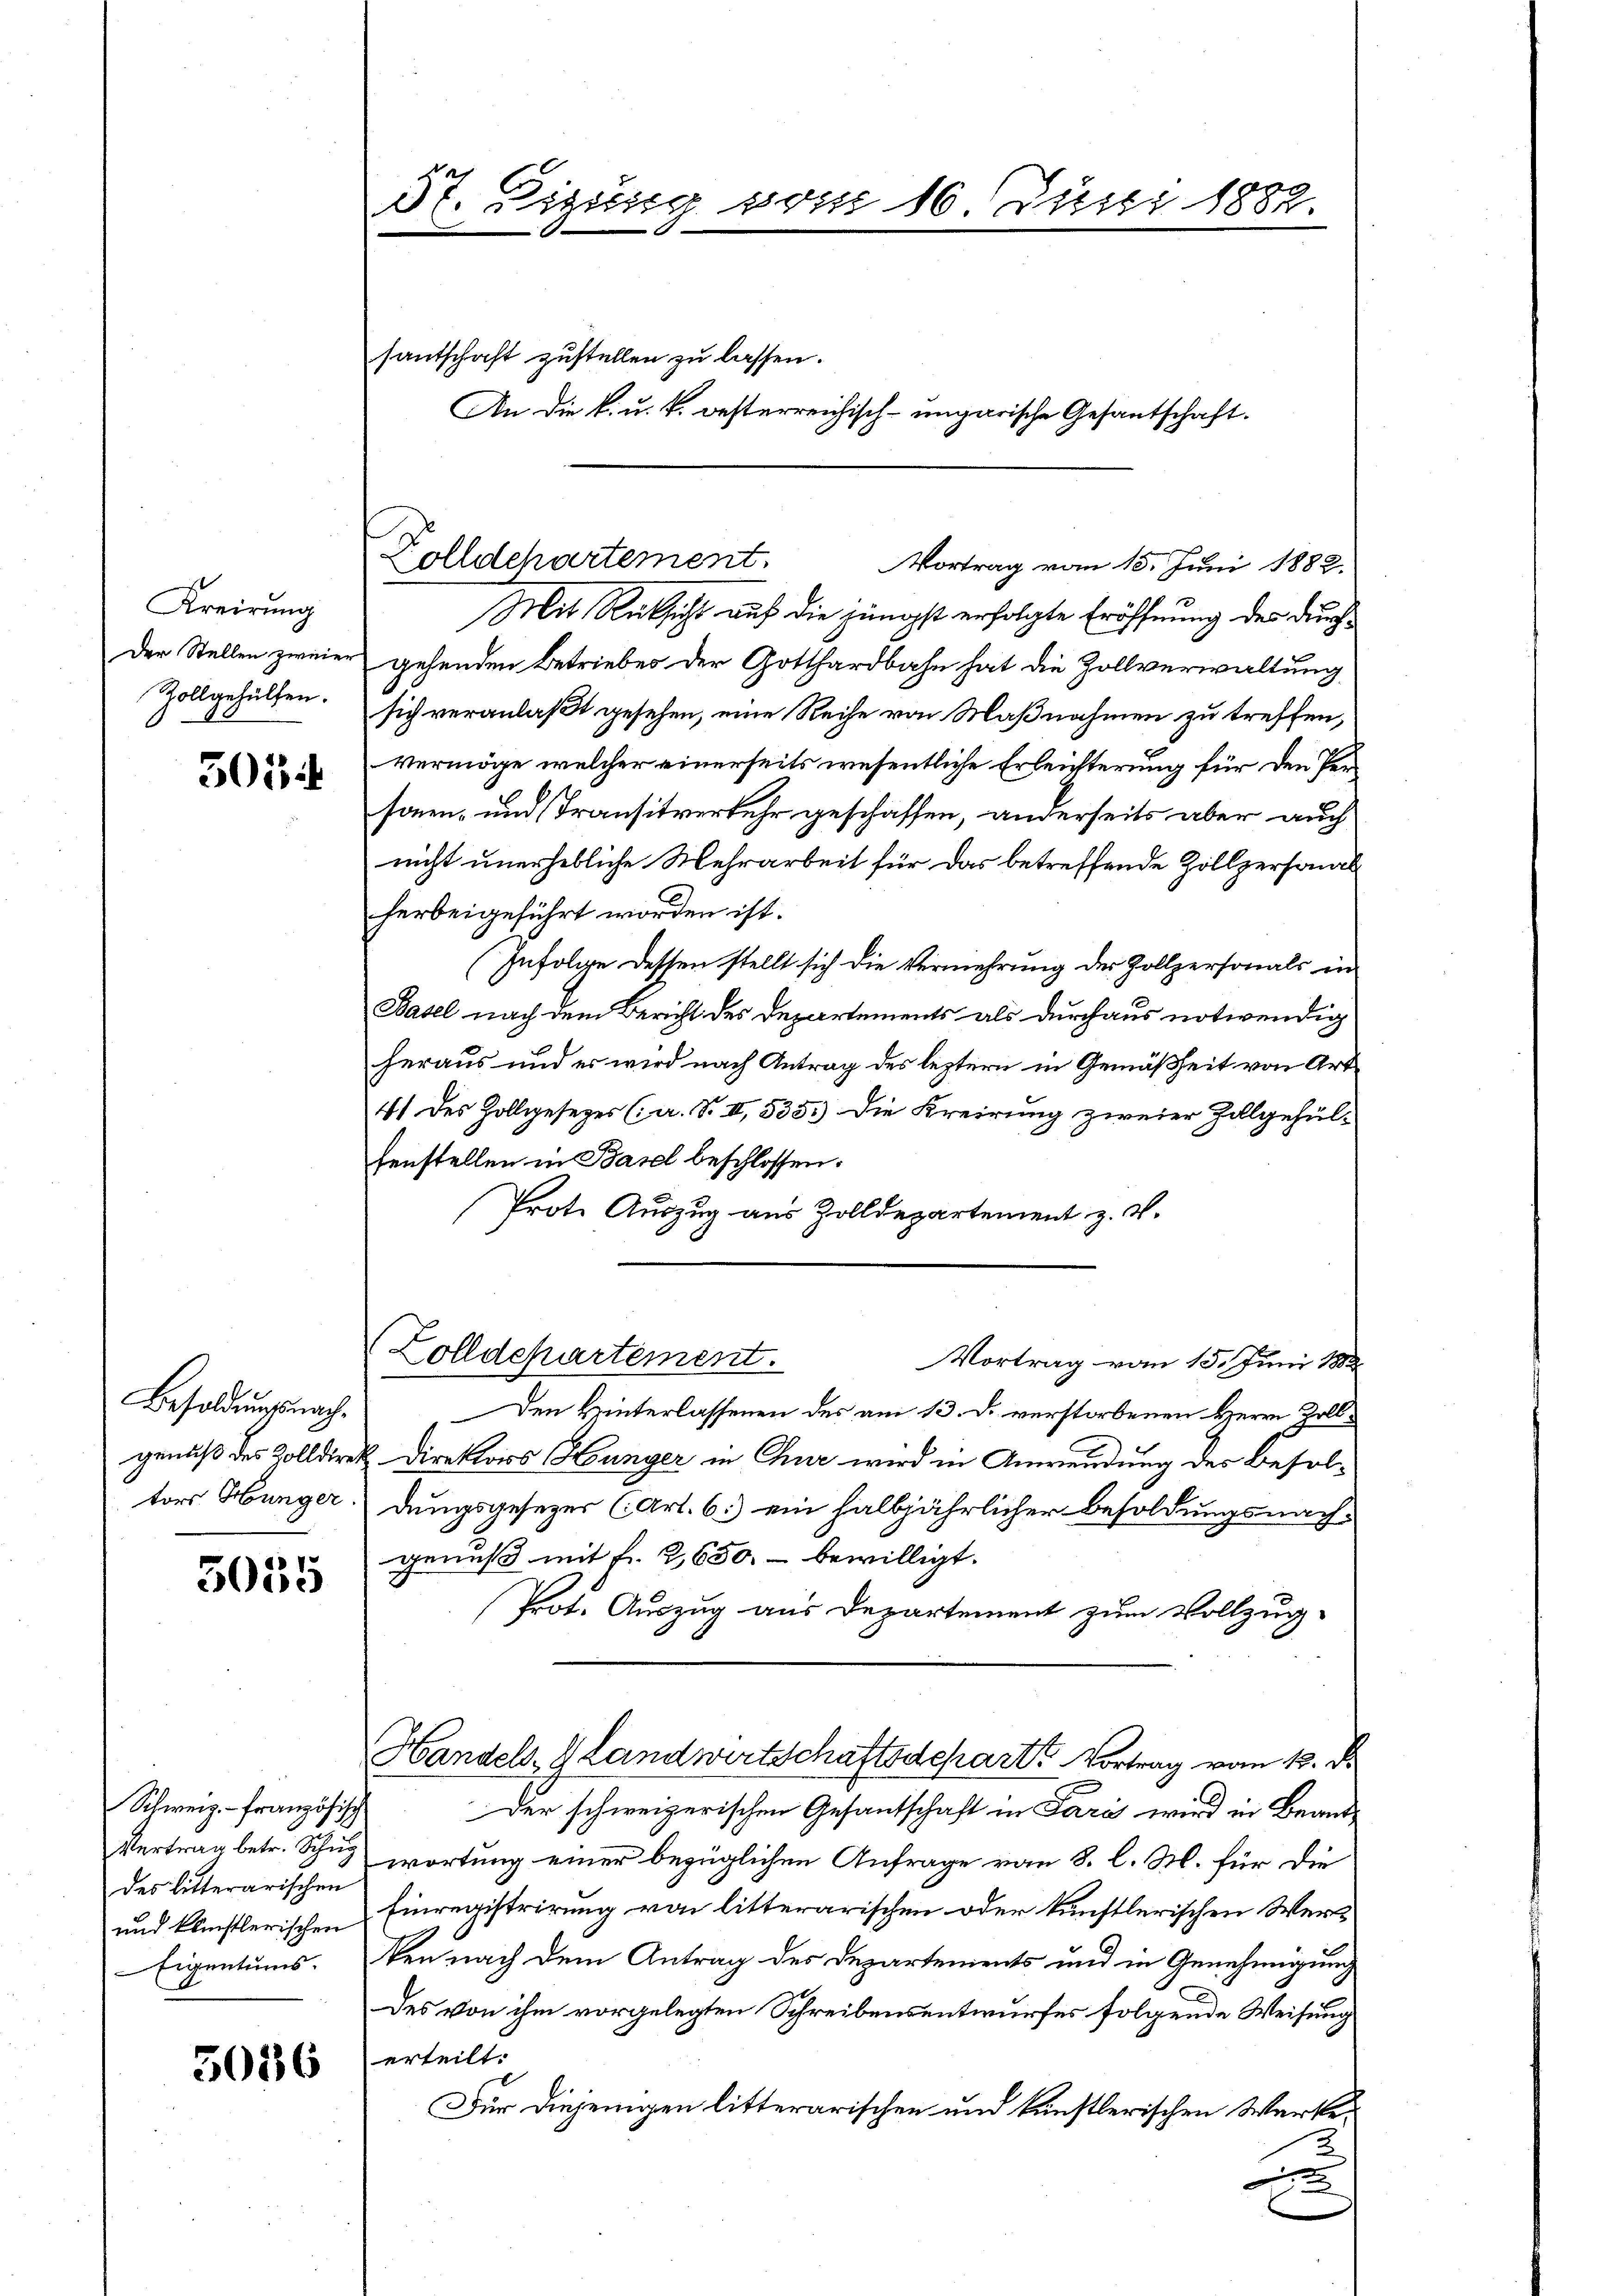
Kreirung
Der Stellen zweier
Zollgehülfen.

505

Besoldungsnach
genuß des Zolldirek
tors Hunger

3055

Schweiz. - Französisch
Vertrag betr. Schul
des litterarischen
und künstlerischen
Eigentums.

5036

5t. Einsing vom 16 Juni 1882.

santschaft zustellen zu lassen.
An die k. u. k. besterreichisch-ungarische Gesantschaft.

Zolldehartement.

Mit Rücksicht auf die jüngst erfolgte Eröffnung des durchgehenden Betriebes der Gotthardbahn hat die Zollverwaltung
sich veranlaßt gesehen, eine Reihe von Maßnahmen zu treffen,
Vermöge welcher einerseits wesentliche Erleichterung für den Personen- und Transitverkehr geschaffen, anderseits aber auch
nicht unerhebliche Mehrarbeit für das betreffende Zollpersonal
herbeigeführt worden ist.
zufolge dessen stellt sich die Vermehrung der Zollpersonals in
Basel nach dem Bericht des Departements als durchaus notwendig
heraus und es wird nach Antrag des leztern in Gemäßheit von Art
41 des Zollgesetzes (a. S. II, 535.) Die Kreirung zweier Zollgehülfenstellen in Basel beschlossen:
Prote Auszug aus Zolldepartement z. B.

Vortrag vom 15. Juni 1882
Den Hinterlassenen des am 13. d. verstorbenen Herrn Zoll¬
Direktors Hunger in Chur wird in Anwendung der Besoldungsgesetzer (Art. 6) ein halbjährlicher Besoldungsnachgenuß mit fr. 2650.- bewilligt.
Prot. Auszug aus Departement zum Vollzug-
Handels- Landwirtschaftsdeparte Vortrag vom 12. d.
Der schweizerischen Gesantschaft in Paris wird in Beantwortung einer bezüglichen Anfrage von 8. l. M. für die
Einregistrirung von litterarischen oder künftlerischen Werken nach dem Antrag des Departements und in Genehmigung
des von ihm vorgelegten Schreibensentwurfes folgende Weisung
erteilt.
Für diejenigen litterarischen und künstlerischen Werke¬
3

Zolldepartement.

Vortrag vom 15. Juni 1882.